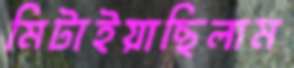
মিটাইয়াছিলাম